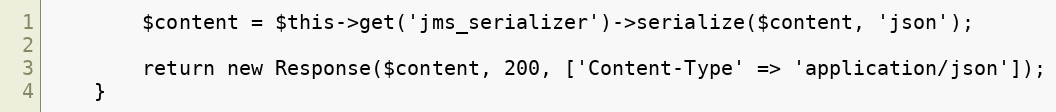
Language: PHP
        $content = $this->get('jms_serializer')->serialize($content, 'json');

        return new Response($content, 200, ['Content-Type' => 'application/json']);
    }